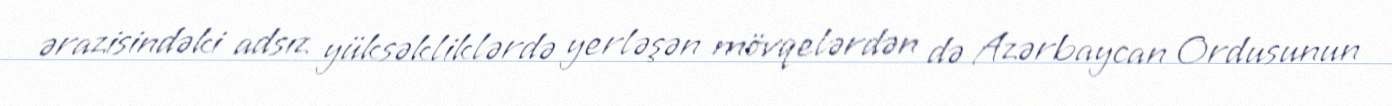
ərazisindəki adsız yüksəkliklərdə yerləşən mövqelərdən də Azərbaycan Ordusunun